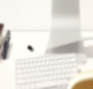
٠